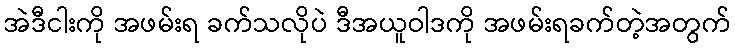
အဲဒီငါးကို အဖမ်းရ ခက်သလိုပဲ ဒီအယူဝါဒကို အဖမ်းရခက်တဲ့အတွက်